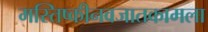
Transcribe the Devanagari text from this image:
मस्तिष्कीनवजातकामला